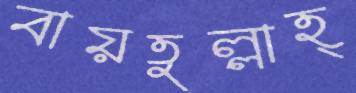
বায়তুল্লাহ্